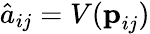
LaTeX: \hat{a}_{ij}=V(\textbf{p}_{ij})